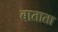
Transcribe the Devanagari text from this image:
बाताता